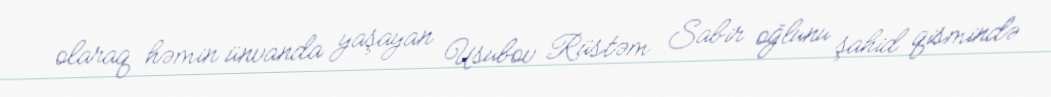
olaraq həmin ünvanda yaşayan Usubov Rüstəm Sabir oğlunu şahid qismində